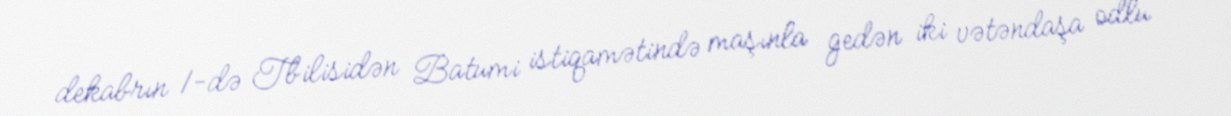
dekabrın 1-də Tbilisidən Batumi istiqamətində maşınla gedən iki vətəndaşa odlu